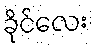
ခိုင်လေး